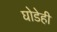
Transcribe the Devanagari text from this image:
घोडेही